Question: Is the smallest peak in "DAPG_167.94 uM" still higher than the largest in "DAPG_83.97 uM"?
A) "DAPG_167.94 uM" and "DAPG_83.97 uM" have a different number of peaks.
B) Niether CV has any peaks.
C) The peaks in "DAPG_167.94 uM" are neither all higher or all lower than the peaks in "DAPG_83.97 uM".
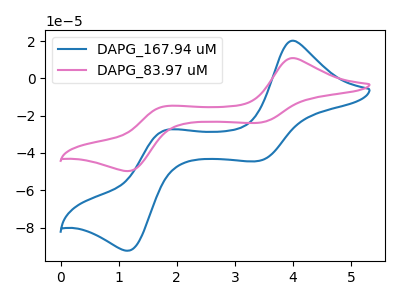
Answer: <think>The blue curve "DAPG_167.94 uM" has anodic peaks at (4.00V, 20.20uA) (1.80V, -27.85uA) and cathodic peaks at (3.40V, -44.30uA) (1.15V, -92.40uA). The pink curve "DAPG_83.97 uM" has anodic peaks at (4.00V, 10.85uA) (1.80V, -15.00uA) and cathodic peaks at (3.40V, -23.80uA) (1.15V, -49.70uA).</think>
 <answer>C) The peaks in "DAPG_167.94 uM" are neither all higher or all lower than the peaks in "DAPG_83.97 uM".</answer>
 <eval>C</eval>